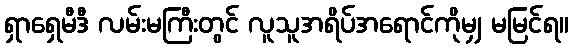
ရှာရှေမီဒီ လမ်းမကြီးတွင် လူသူအရိပ်အရောင်ကိုမျှ မမြင်ရ။